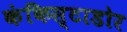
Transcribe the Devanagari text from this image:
कंकिस्टाडोर